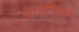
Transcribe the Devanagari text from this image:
आक्टेवियस